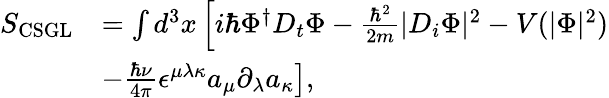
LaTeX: \begin{array}{rl}{S_{\mathrm{CSGL}}}&{=\int d^{3}x\left[i\hbar\Phi^{\dagger}D_{t}\Phi-\frac{\hbar^{2}}{2m}|D_{i}\Phi|^{2}-V(|\Phi|^{2})\right.}\\ &{\left.-\frac{\hbar\nu}{4\pi}\epsilon^{\mu\lambda\kappa}a_{\mu}\partial_{\lambda}a_{\kappa}\right],}\end{array}